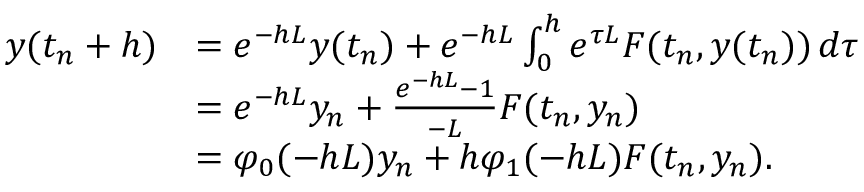
\begin{array} { r l } { y ( t _ { n } + h ) } & { = e ^ { - h L } y ( t _ { n } ) + e ^ { - h L } \int _ { 0 } ^ { h } e ^ { \tau L } F ( t _ { n } , y ( t _ { n } ) ) \, d \tau } \\ & { = e ^ { - h L } y _ { n } + \frac { e ^ { - h L } - 1 } { - L } F ( t _ { n } , y _ { n } ) } \\ & { = \varphi _ { 0 } ( - h L ) y _ { n } + h \varphi _ { 1 } ( - h L ) F ( t _ { n } , y _ { n } ) . } \end{array}